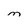
Character: M